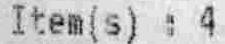
ITEM(S) : 4